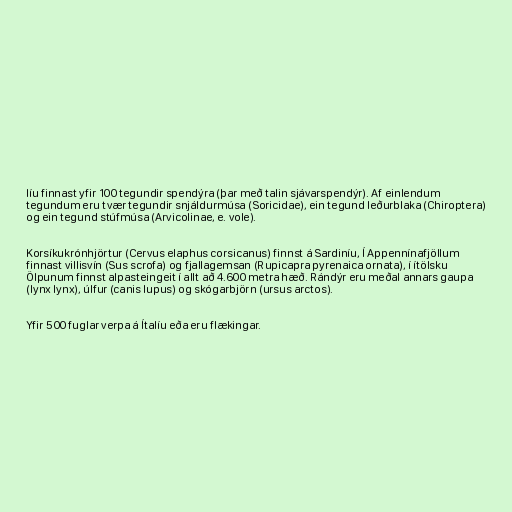
líu finnast yfir 100 tegundir spendýra (þar með talin sjávarspendýr). Af einlendum
tegundum eru tvær tegundir snjáldurmúsa (Soricidae), ein tegund leðurblaka (Chiroptera)
og ein tegund stúfmúsa (Arvicolinae, e. vole).

Korsíkukrónhjörtur (Cervus elaphus corsicanus) finnst á Sardiníu, Í Appennínafjöllum
finnast villisvín (Sus scrofa) og fjallagemsan (Rupicapra pyrenaica ornata), í ítölsku
Ölpunum finnst alpasteingeit í allt að 4.600 metra hæð. Rándýr eru meðal annars gaupa
(lynx lynx), úlfur (canis lupus) og skógarbjörn (ursus arctos).

Yfir 500 fuglar verpa á Ítalíu eða eru flækingar.